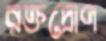
রক্তদ্রোণ